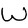
Character: W